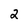
Character: 2